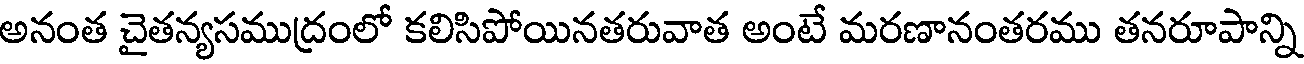
అనంత చైతన్యసముద్రంలో కలిసిపోయినతరువాత అంటే మరణానంతరము తనరూపాన్ని